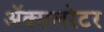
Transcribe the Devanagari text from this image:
ॲक्सलरेटर